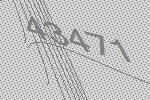
43471